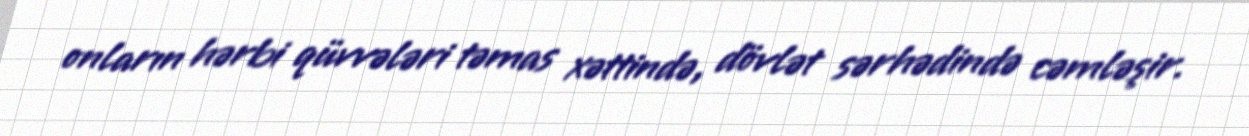
onların hərbi qüvvələri təmas xəttində, dövlət sərhədində cəmləşir.